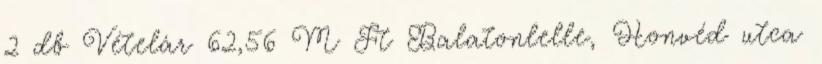
2 db Vételár 62,56 M Ft Balatonlelle, Honvéd utca